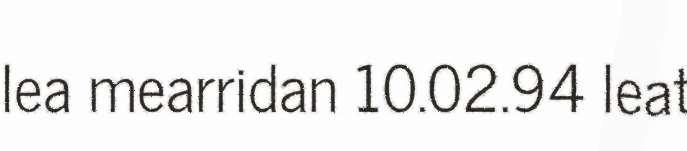
lea mearridan 10.02.94 leat